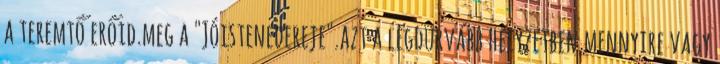
a teremtő erőid.meg a "Jóistenedereje".azt a legdurvább helyzetben.mennyire vagy